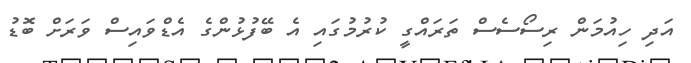
އަދި ހިއުމަން ރިސޯސެސް ތަރައްގީ ކުރުމުގައި އެ ބޭފުޅުންގެ އެޑްވައިސް ވަރަށް ބޮޑު